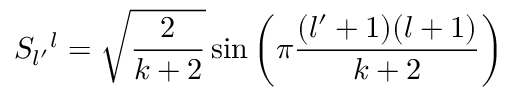
S _ { l ^ { \prime } } { } ^ { l } = \sqrt { { \frac { 2 } { k + 2 } } } \sin \left( \pi { \frac { ( l ^ { \prime } + 1 ) ( l + 1 ) } { k + 2 } } \right)